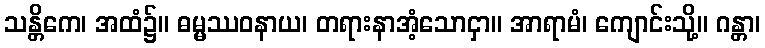
သန္တိကေ၊ အထံ၌။ ဓမ္မဿဝနာယ၊ တရားနာအံ့သောငှာ။ အာရာမံ၊ ကျောင်းသို့။ ဂန္တာ၊